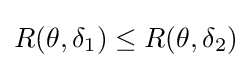
R(\theta ,\delta _{1})\leq R(\theta ,\delta _{2})